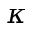
\kappa